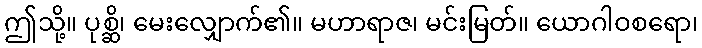
ဤသို့။ ပုစ္ဆိ၊ မေးလျှောက်၏။ မဟာရာဇ၊ မင်းမြတ်။ ယောဂါဝစရော၊